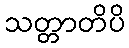
သတ္တာတိပိ